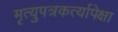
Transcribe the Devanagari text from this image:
मृत्युपत्रकर्त्यापेक्षा